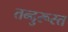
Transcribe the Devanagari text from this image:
तन्दुरूस्त